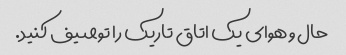
حال و هوای یک اتاق تاریک را توصیف کنید.